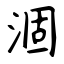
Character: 涸